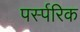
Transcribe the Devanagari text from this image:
पर्स्परिक